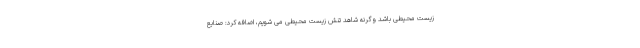
زیست محیطی باشد وگرنه شاهد تنش زیست محیطی می شویم، اضافه کرد: صنایع